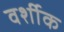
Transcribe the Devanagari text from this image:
वर्शीक